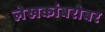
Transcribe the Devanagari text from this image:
लेखकांबरोबर